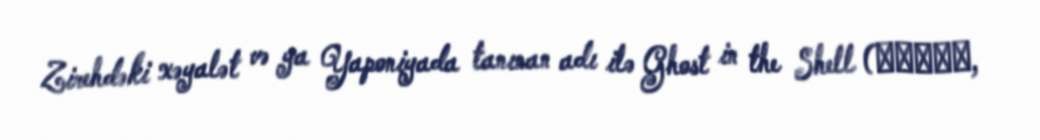
Zirehdəki xəyalət və ya Yaponiyada tanınan adı ilə Ghost in the Shell (攻殻機動隊,